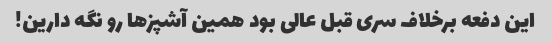
این دفعه برخلاف سری قبل عالی بود همین آشپز‌ها رو نگه دارین!